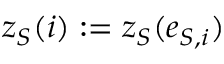
z _ { S } ( i ) : = z _ { S } ( e _ { S , i } )